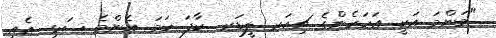
"މަންމަ އަކީ އަހަރެންގެ ޗިއަރ ލީޑަރ.. ކާފަ ހަމަ އެންމެ ސަޅީ. އެއީ